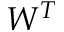
W ^ { T }